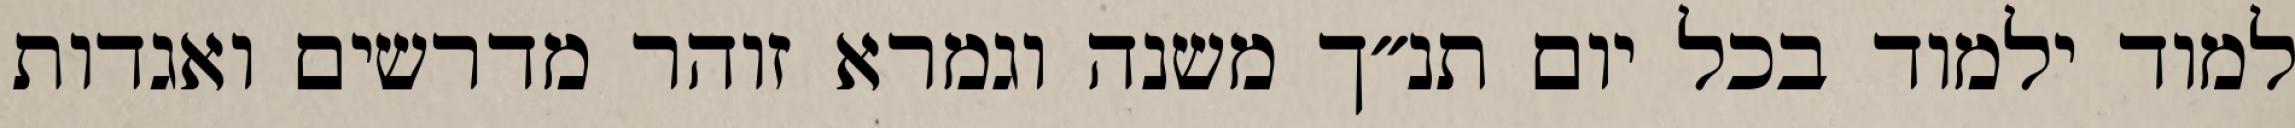
למוד ילמוד בכל יום תנ״ך משנה וגמרא זוהר מדרשים ואגדות